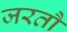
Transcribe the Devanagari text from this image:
जरतौ